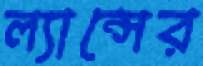
ল্যান্সের